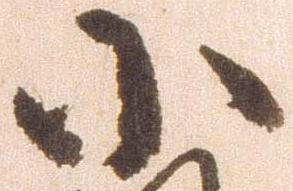
小